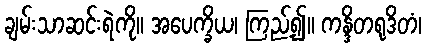
ချမ်းသာဆင်းရဲကို။ အပေက္ခိယ၊ ကြည့်၍။ ကန္ဒိတရုဒိတံ၊